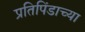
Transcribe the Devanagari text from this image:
प्रतिपिंडाच्या